Aleksander_Warma, lk 35
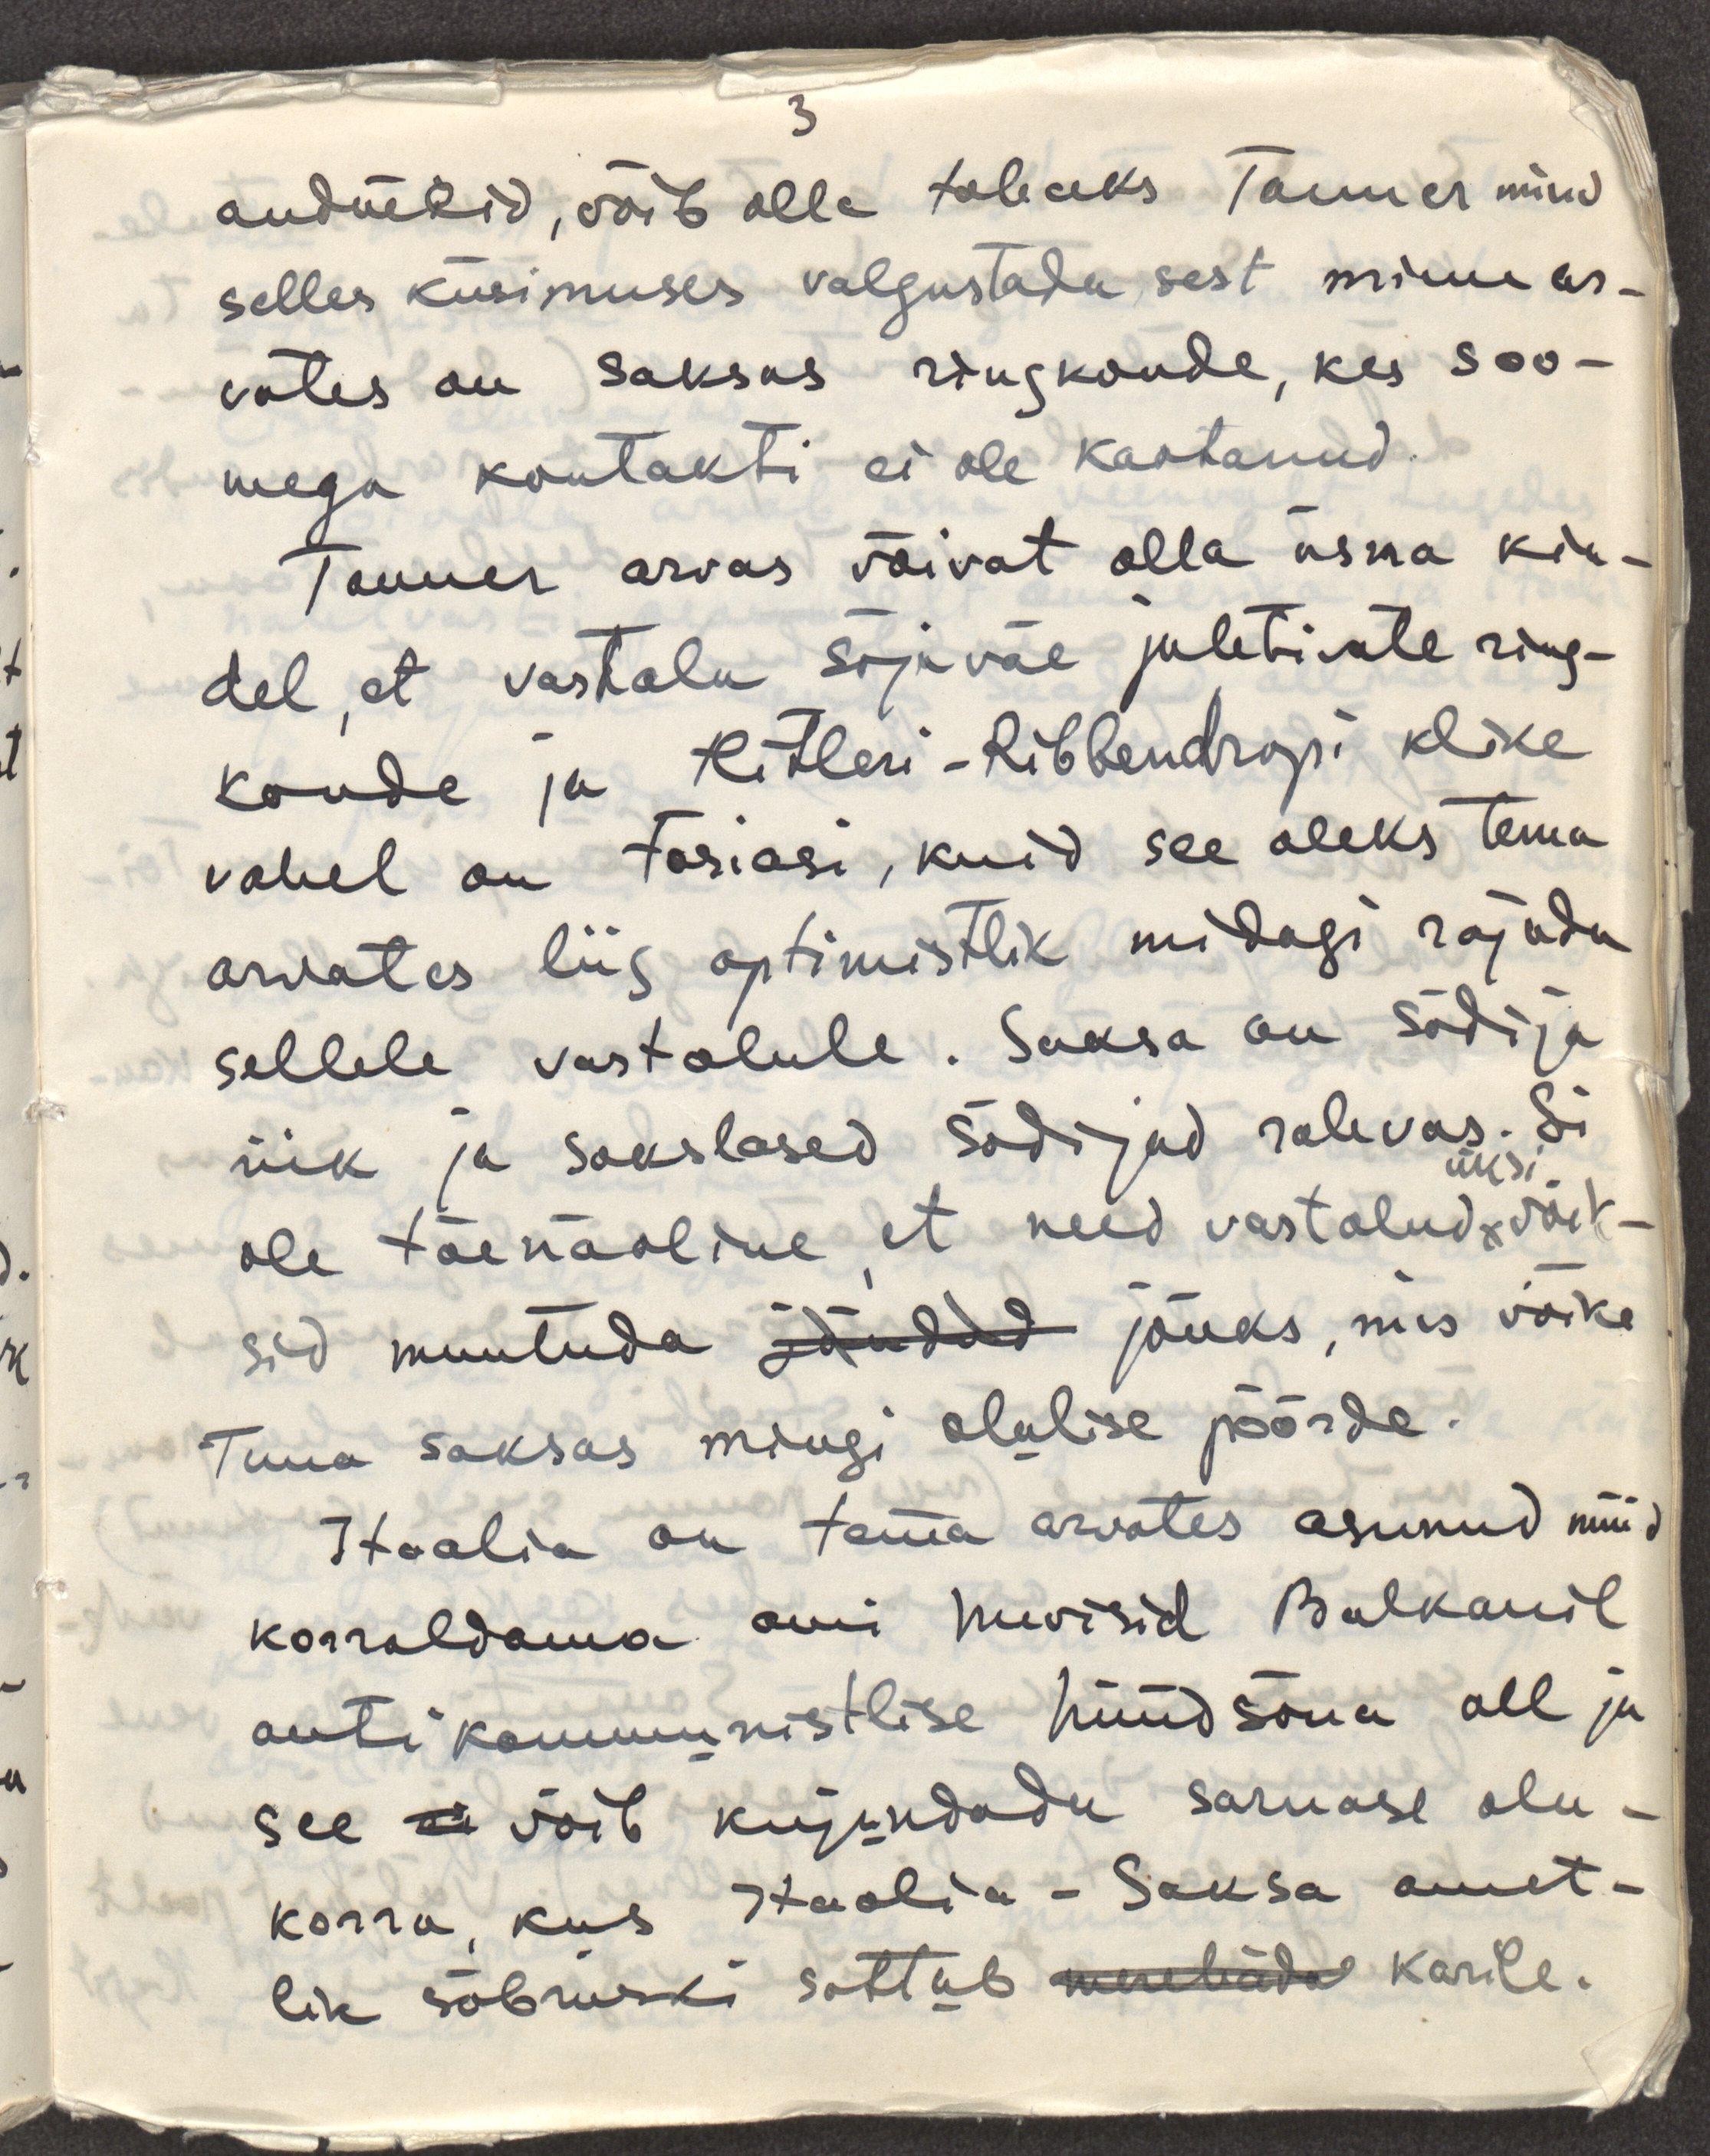
andmeid, võib olla tahaks Tanner mind
selles küsimuses valgustada sest minu ar-
vates on saksas ringkonde, kes soo-
mega kontakti ei ole kaotanud.
Tanner arvas võivat olla üsna kin-
del, et vastolu sõjaväe juhtivate ring-
konde ja Hitleri-Ribbendropi klike
vahel on tõsiasi, kuid see oleks tema
arvates liig optimistlik midagi rajada
sellele vastolule. Saksa on sõdija
riik ja sakslased sõdijad rahvas. Ei
ole tõenäoline, et need vastuolud üksi võik-
sid muutuda jõudud jõuks, mis võiks
tuua saksas mingi olulise pöörde.
Itaalia on tema arvates asunud nüüd
korraldama omi huvisid Balkanil
antikommunistlise hüüdsõna all ja
see ei võib kujundada sarnase olu-
korra, kus Itaalia-Saksa amet-
lik sõbruski sattub merehäda karile.